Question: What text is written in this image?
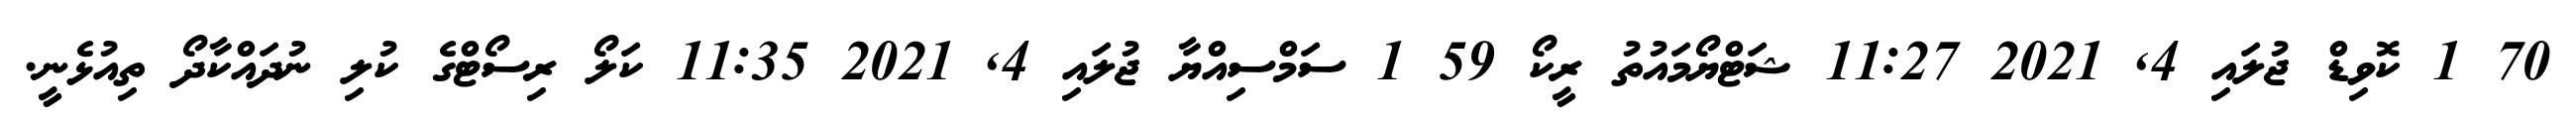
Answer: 70 1 ކޮވިޑް ޖުލައި 4, 2021 11:27 ޝަޓްޔޯމައުތު ރީކޯ 59 1 ސަމްސިއްޔާ ޖުލައި 4, 2021 11:35 ކަލޯ ރިސޯޓްގެ ކުލި ނުދައްކާދޯ ތިއުޅެނީ.